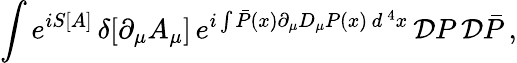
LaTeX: \int e^{iS[A]}\, \delta[\partial_{\mu}A_{\mu}]\, e^{i\int\bar{P}(x)\partial_{\mu}D_{\mu}P(x)\, d^{\, 4}x}\, {\cal D}P\, {\cal D}\bar{P}\, ,